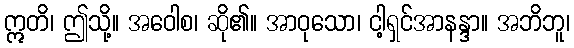
ဣတိ၊ ဤသို့။ အဝေါစ၊ ဆို၏။ အာဝုသော၊ ငါ့ရှင်အာနန္ဒာ။ အဘိဘူ၊